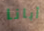
أبانا